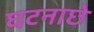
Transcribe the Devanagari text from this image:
घटनाछे